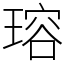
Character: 瑢